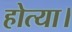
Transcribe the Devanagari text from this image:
होत्या।